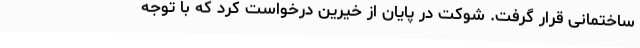
ساختمانی قرار گرفت. شوکت در پایان از خیرین درخواست کرد که با توجه